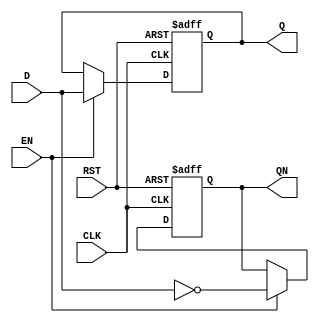
`timescale 1ns / 1ps
module D_ff(Q,QN,D,EN,RST,CLK);
    output reg Q,QN;
    input D;
    input EN,RST,CLK;
    
    //always @(posedge CLK) begin
    always @(posedge CLK, posedge RST) begin // asynchronous reset
        if(RST) begin Q<=1'b0;QN<=1'b1;end
        else if(EN) begin Q<=D;QN<=~D;end
    end
endmodule